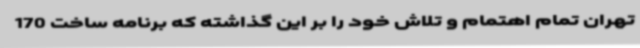
تهران تمام اهتمام و تلاش خود را بر این گذاشته که برنامه ساخت 170